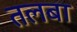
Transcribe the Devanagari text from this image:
तलबा